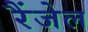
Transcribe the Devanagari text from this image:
रैंजेल